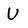
Character: U